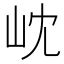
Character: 𭖉